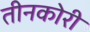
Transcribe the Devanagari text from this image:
तीनकोरी